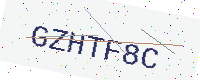
Text: GZHTF8C